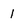
Character: 1